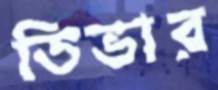
ডিভার